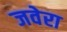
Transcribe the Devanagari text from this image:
जवेरा